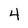
Character: 4